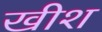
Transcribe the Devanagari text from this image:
खीश